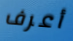
أعرف